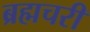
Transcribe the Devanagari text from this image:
ब्रह्मचरी